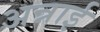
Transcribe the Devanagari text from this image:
अन्नाई